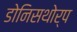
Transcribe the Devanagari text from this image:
डोनिसथोर्प